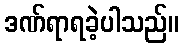
ဒဏ်ရာရခဲ့ပါသည်။